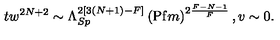
t w ^ { 2 N + 2 } \sim \Lambda _ { S p } ^ { 2 [ 3 ( N + 1 ) - F ] } \left( \mathrm { P f } m \right) ^ { 2 \frac { F - N - 1 } { F } } , v \sim 0 .